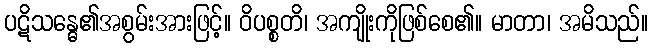
ပဋိသန္ဓေ၏အစွမ်းအားဖြင့်။ ဝိပစ္စတိ၊ အကျိုးကိုဖြစ်စေ၏။ မာတာ၊ အမိသည်။